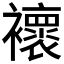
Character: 𧞷